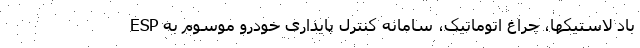
باد لاستیکها، چراغ اتوماتیک، سامانه کنترل پایداری خودرو موسوم به ESP